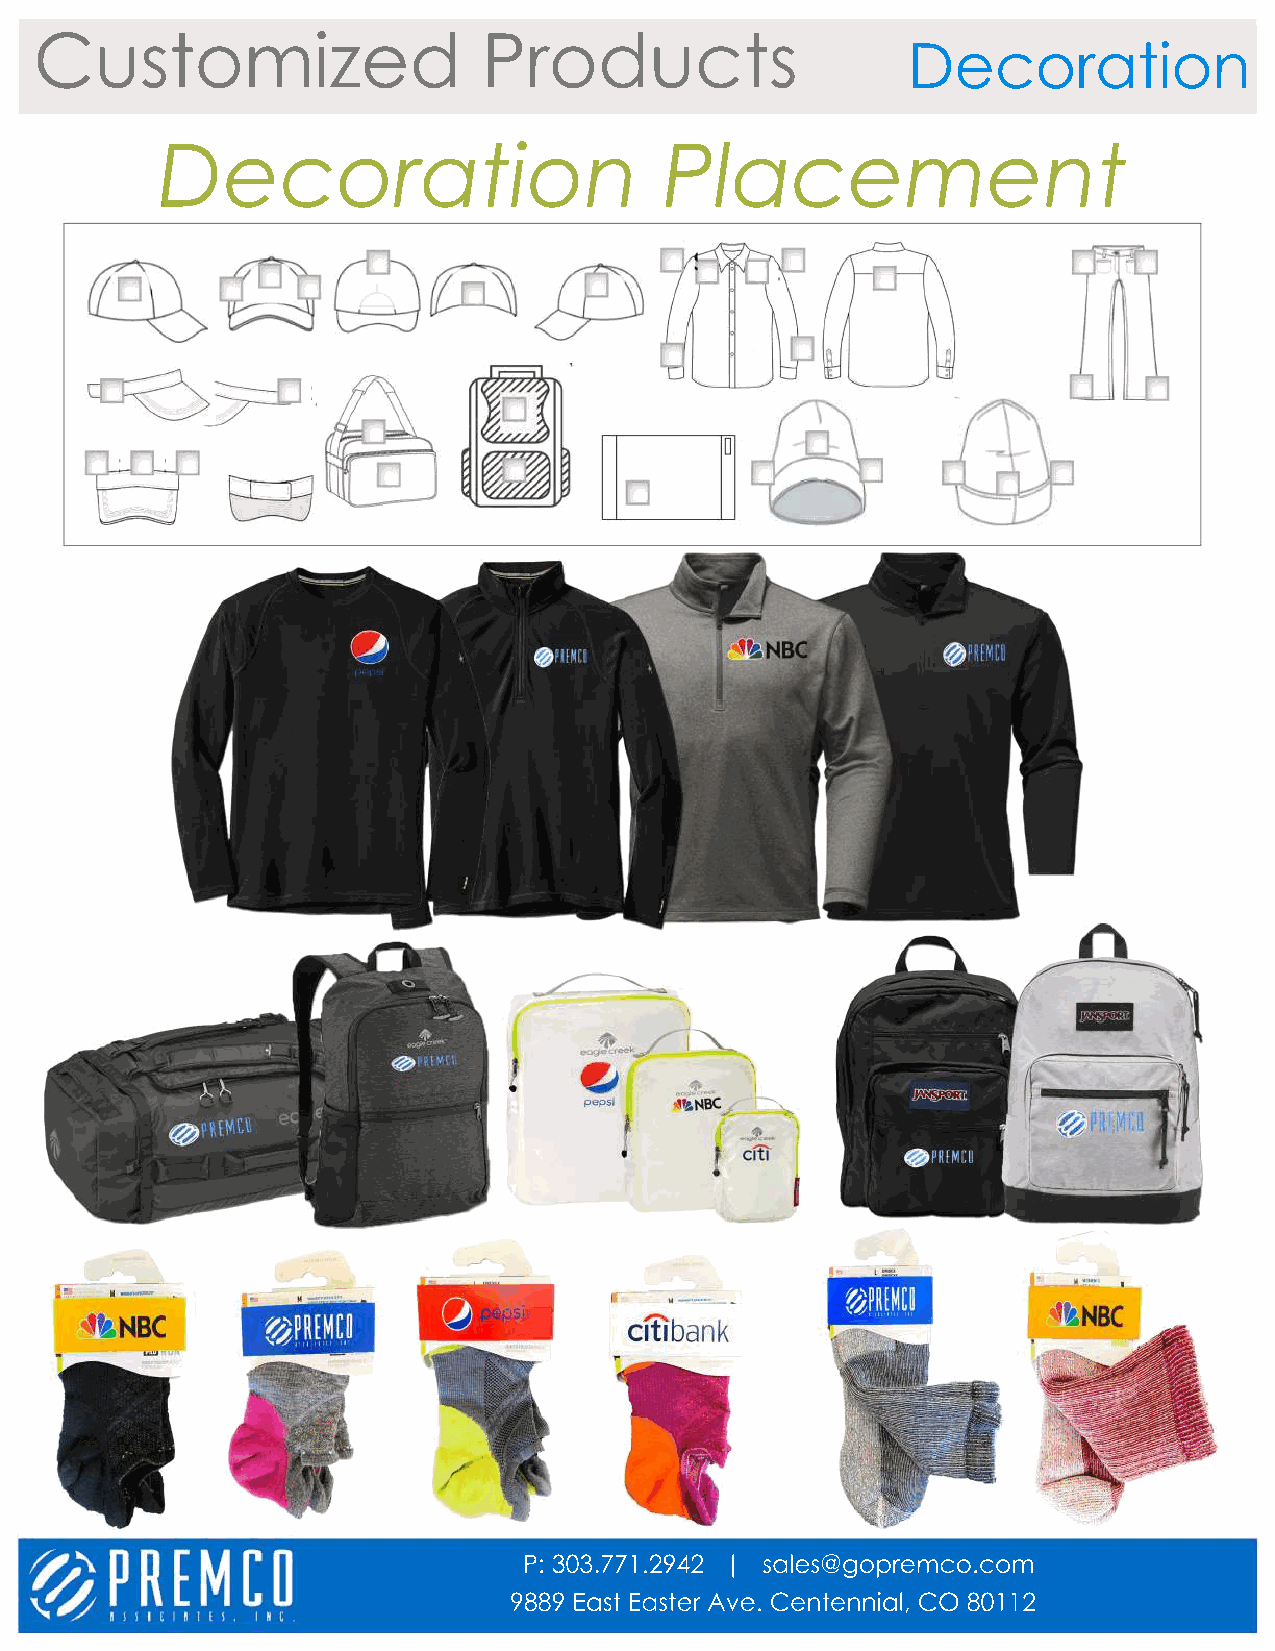
Customized                    Products
 Decoration
 Decoration                       Placement
 P: 303.771.2942 | sales@gopremco.com
 9889 East Easter Ave. Centennial, CO 80112